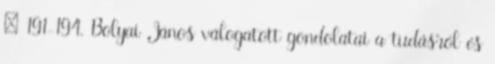
– 191-194. Bolyai János válogatott gondolatai a tudásról és